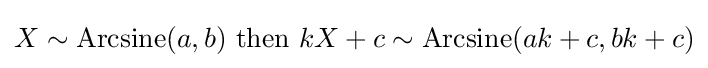
X\sim {\rm {Arcsine}}(a,b)\ {\text{then }}kX+c\sim {\rm {Arcsine}}(ak+c,bk+c)